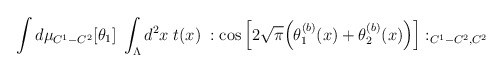
\begin{align*}\int d\mu_{C^1-C^2}[\theta_1] \;\int_{\Lambda} d^2 x \; t(x) \;: \cos\Big[ 2 \sqrt{\pi} \Big( \theta_1^{(b)}(x) +\theta_2^{(b)}(x) \Big) \Big] :_{C^1-C^2,C^2}\end{align*}